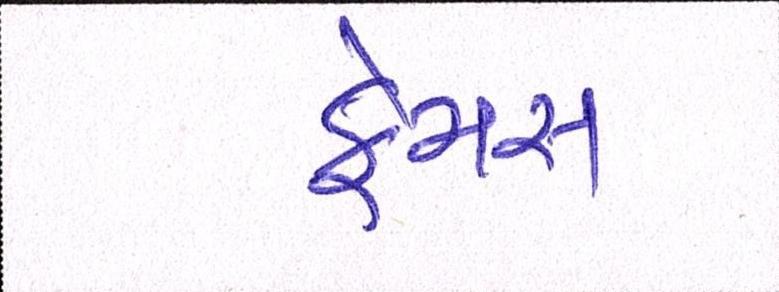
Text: ફેમસ